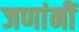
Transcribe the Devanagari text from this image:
जणांनीं